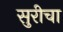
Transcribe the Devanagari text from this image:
सुरीचा